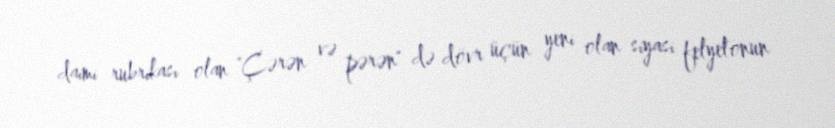
daimi rubrikası olan "Çərən və pərən" də dövr üçün yeni olan siyasi felyetonun